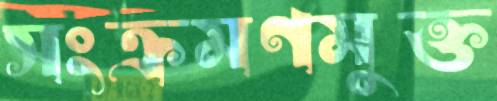
সংক্রমণমুক্ত